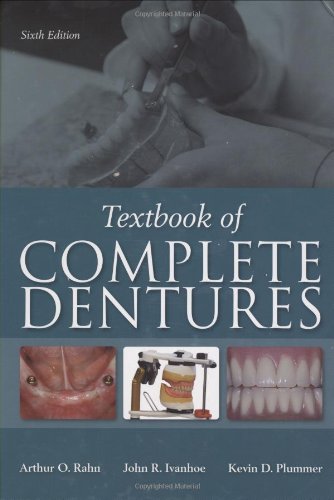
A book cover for Textbook of Complete Dentures, 6th Edition; Arthur O. Rahn; Medical Books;